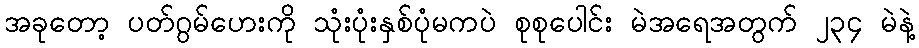
အခုတော့ ပတ်ဂွမ်ဟေးကို သုံးပုံးနှစ်ပုံမကပဲ စုစုပေါင်း မဲအရေအတွက် ၂၃၄ မဲနဲ့